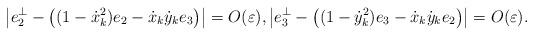
LaTeX: \begin{align*} \left| e_2^\perp - \left( (1-\dot x_k^2)e_2 - \dot x_k\dot y_ke_3 \right) \right| = O(\varepsilon), \left| e_3^\perp - \left( (1-\dot y_k^2)e_3 - \dot x_k\dot y_ke_2 \right) \right| = O(\varepsilon). \end{align*}